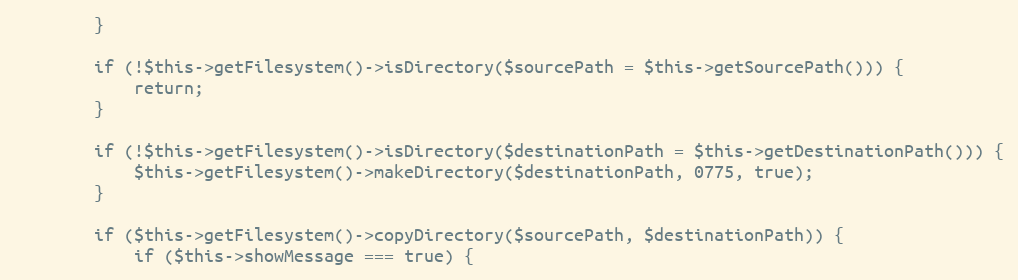
Language: PHP
        }

        if (!$this->getFilesystem()->isDirectory($sourcePath = $this->getSourcePath())) {
            return;
        }

        if (!$this->getFilesystem()->isDirectory($destinationPath = $this->getDestinationPath())) {
            $this->getFilesystem()->makeDirectory($destinationPath, 0775, true);
        }

        if ($this->getFilesystem()->copyDirectory($sourcePath, $destinationPath)) {
            if ($this->showMessage === true) {